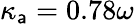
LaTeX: \kappa_{\mathsf{a}}=0.78\omega